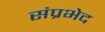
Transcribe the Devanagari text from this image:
संप्रभेद